Regulations for the medical services of the Army of India
Year: 1930
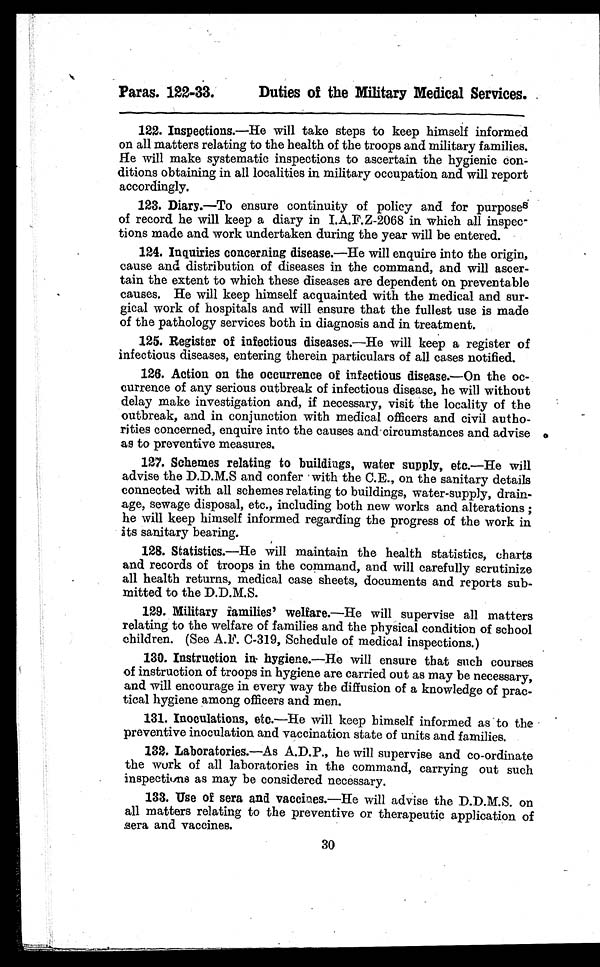
Paras. 122-33.
Duties of the Military Medical Services.
122. Inspections.—He will take steps to keep himself informed
on all matters relating to the health of the troops and military families.
He will make systematic inspections to ascertain the hygienic con-
ditions obtaining in all localities in military occupation and will report
accordingly.
123. Diary.—To ensure continuity of policy and for purposes
of record he will keep a diary in I.A.F.Z-2068 in which all inspec-
tions made and work undertaken during the year will be entered.
124. Inquiries concerning disease.—He will enquire into the origin,
cause and distribution of diseases in the command, and will ascer-
tain the extent to which these diseases are dependent on preventable
causes. He will keep himself acquainted with the medical and sur-
gical work of hospitals and will ensure that the fullest use is made
of the pathology services both in diagnosis and in treatment.
125. Register of infectious diseases.—He will keep a register of
infectious diseases, entering therein particulars of all cases notified.
126. Action on the occurrence of infectious disease.—On the oc-
currence of any serious outbreak of infectious disease, he will without
delay make investigation and, if necessary, visit the locality of the
outbreak, and in conjunction with medical officers and civil autho-
rities concerned, enquire into the causes and circumstances and advise
as to preventive measures.
127. Schemes relating to buildings, water supply, etc.—He will
advise the D.D.M.S and confer with the C.E., on the sanitary details
connected with all schemes relating to buildings, water-supply, drain-
age, sewage disposal, etc., including both new works and alterations;
he will keep himself informed regarding the progress of the work in
its sanitary bearing.
128. Statistics.—He will maintain the health statistics, charts
and records of troops in the command, and will carefully scrutinize
all health returns, medical case sheets, documents and reports sub-
mitted to the D.D.M.S.
129. Military families' welfare.—He will supervise all matters
relating to the welfare of families and the physical condition of school
children. (See A.F. C-319, Schedule of medical inspections.)
130. Instruction in hygiene.—He will ensure that such courses
of instruction of troops in hygiene are carried out as may be necessary,
and will encourage in every way the diffusion of a knowledge of prac-
tical hygiene among officers and men.
131. Inoculations, etc.—He will keep himself informed as to the
preventive inoculation and vaccination state of units and families.
132. Laboratories.—As A.D.P., he will supervise and co-ordinate
the work of all laboratories in the command, carrying out such
inspections as may be considered necessary.
133. Use of sera and vaccines.—He will advise the D.D.M.S. on
all matters relating to the preventive or therapeutic application of
sera and vaccines.
30